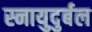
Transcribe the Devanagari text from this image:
स्नायुदुर्बल